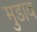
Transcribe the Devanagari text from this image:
मुडाव